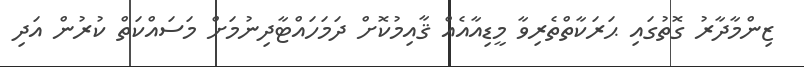
ޒިންމާދާރު ގޮތުގައި ޙަރަކާތްތެރިވާ މީޑިއާއެއް ޤާއިމުކޮށް ދަމަހައްޓާދިނުމަށް މަސައްކަތް ކުރުން އަދި